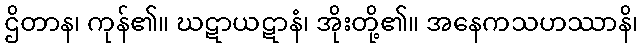
ဌိတာန၊ ကုန်၏။ ဃဋာယဋာနံ၊ အိုးတို့၏။ အနေကသဟဿာနိ၊